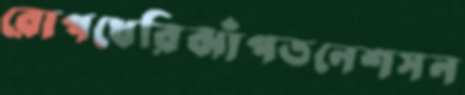
রোপখেরিঝাঁপতনেশসন